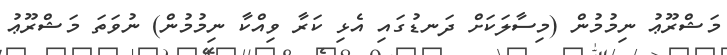
މަޝްރޫޢު ނިމުމުން (މިސާލަކަށް ދަނޑުގައި އެޅި ކަރާ ވިއްކާ ނިމުމުން) ނުވަތަ މަޝްރޫޢު